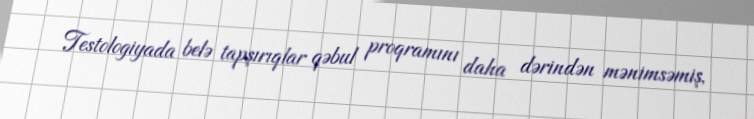
Testologiyada belə tapşırıqlar qəbul proqramını daha dərindən mənimsəmiş,